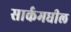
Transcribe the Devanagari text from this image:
सार्कमधील